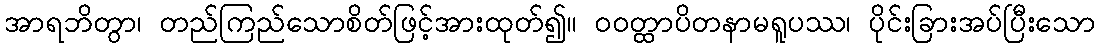
အာရဘိတွာ၊ တည်ကြည်သောစိတ်ဖြင့်အားထုတ်၍။ ဝဝတ္ထာပိတနာမရူပဿ၊ ပိုင်းခြားအပ်ပြီးသော